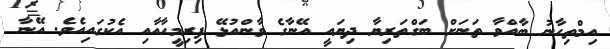
އިމްތިހާނު ބާއްވާ ތަނަށް ބަގްތަރިޔާ ދިޔައީ އޭނާގެ ވާންއުޅޭ ފިރިމީހާއާއި އެކުގައިއެވެ. އޭނާ